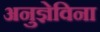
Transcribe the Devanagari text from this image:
अनुज्ञेविना